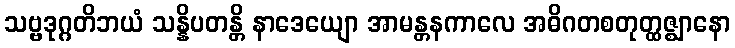
သဗ္ဗဒုဂ္ဂတိဘယံ သန္နိပတန္တိ နာဒေယျော အာမန္တနကာလေ အဓိဂတစတုတ္ထဇ္ဈာနော